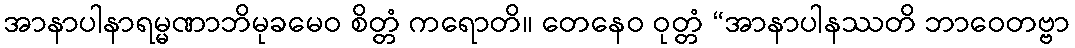
အာနာပါနာရမ္မဏာဘိမုခမေဝ စိတ္တံ ကရောတိ။ တေနေဝ ဝုတ္တံ “အာနာပါနဿတိ ဘာဝေတဗ္ဗာ